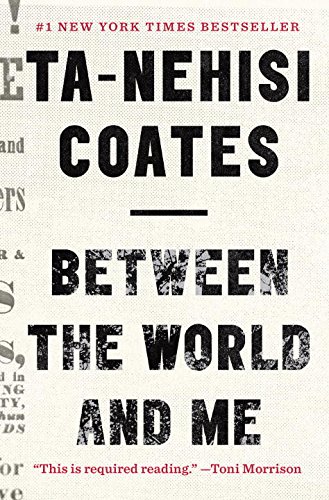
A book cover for Between the World and Me; Ta-Nehisi Coates; Literature & Fiction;